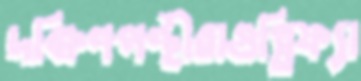
দক্ষিণপন্থীরাগুপ্তিফ্যা